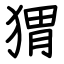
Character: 猬